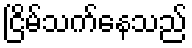
ငြိမ်သက်နေသည်